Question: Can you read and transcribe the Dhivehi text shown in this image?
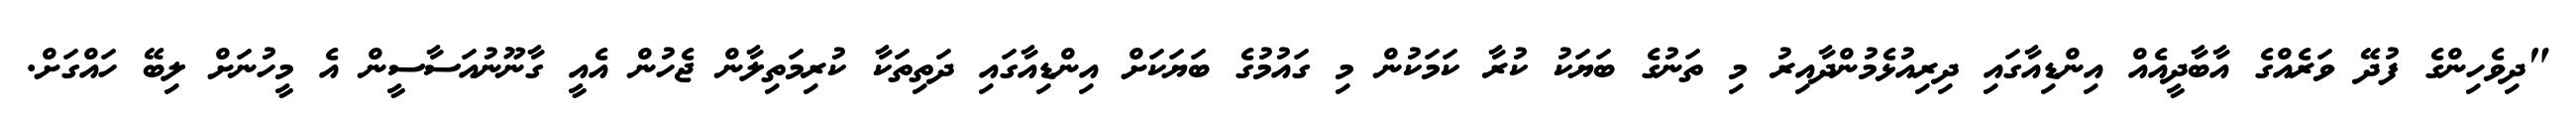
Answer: "ދިވެހިންގެ ފުދޭ ވަރެއްގެ އާބާދީއެއް އިންޑިއާގައި ދިރިއުޅެމުންދާއިރު މި ތަނުގެ ބަޔަކު ކުރާ ކަމަކުން މި ގައުމުގެ ބަޔަކަށް އިންޑިއާގައި ދަތިތަކާ ކުރިމަތިލާން ޖެހުން އެއީ ގާނޫނުއަސާސީން އެ މީހުނަށް ލިބޭ ހައްގަށް.